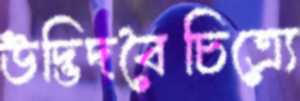
উদ্ভিদবৈচিত্র্যে